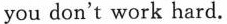
you don't work hard.